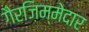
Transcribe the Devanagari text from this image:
गैरज़िम्मेदार